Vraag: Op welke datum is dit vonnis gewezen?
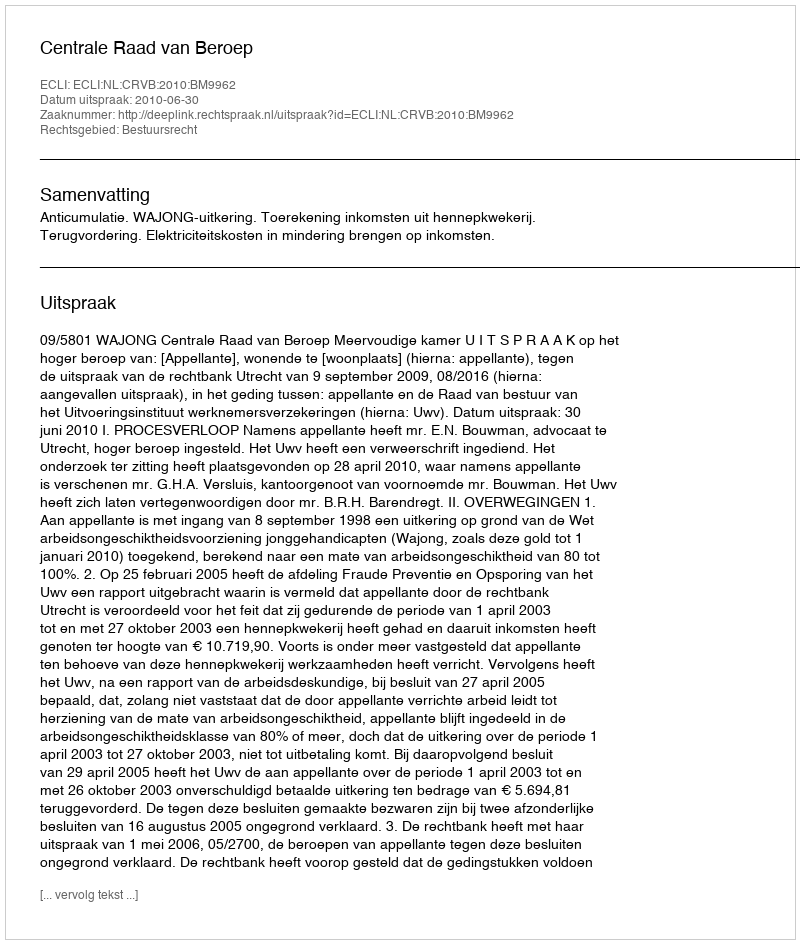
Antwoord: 2010-06-30